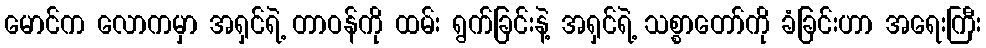
မောင်က လောကမှာ အရှင်ရဲ့ တာဝန်ကို ထမ်း ရွက်ခြင်းနဲ့ အရှင်ရဲ့ သစ္စာတော်ကို ခံခြင်းဟာ အရေးကြီး